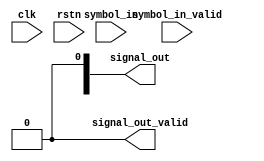
`timescale 1ns / 1ps

//converts PAM-4 symbols to an 'analog' signal represented by a signed reg, sampled at baud-rate 
module symbol_to_signal #(
    //bit-resolution of output signal
    parameter SIGNAL_RESOLUTION = 8,
    //speration between symbols. eg: if SYMBOL seperation = 32, the pam-4 symbol set {0,1,2,3} should be mapped to {-48,-16,16,48}
    parameter SYMBOL_SEPERATION = 32)(
    input clk,
    input rstn,
    input [1:0] symbol_in,
    input symbol_in_valid,
    output reg signed [SIGNAL_RESOLUTION-1:0] signal_out,
    output reg signal_out_valid =0);

    //write your module here
    
endmodule

//outputs the convolution of the input signal with a pulse response of arbitrary length
module ISI_channel#(
    //length of pulse response (UI) eg: if the pulse response is h = [1 0.5], PULSE_RESPONSE_LENGTH = 2
    parameter PULSE_RESPONSE_LENGTH = 2,
    //bit-resolution of output signal
    parameter SIGNAL_RESOLUTION = 8,
    //speration between symbols. eg: if SYMBOL seperation = 32, the pam-4 symbol set {0,1,2,3} should be mapped to {-48,-16,16,48}
    parameter SYMBOL_SEPERATION = 32)(
    input clk,
    input rstn,
    input signed [SIGNAL_RESOLUTION-1:0] signal_in,
    input signal_in_valid,
    output reg signed [SIGNAL_RESOLUTION-1:0] signal_out,
    output reg signal_out_valid =0);
       
    //write your module here

endmodule